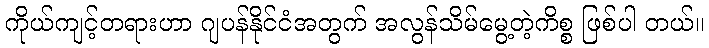
ကိုယ်ကျင့်တရားဟာ ဂျပန်နိုင်ငံအတွက် အလွန်သိမ်မွေ့တဲ့ကိစ္စ ဖြစ်ပါ တယ်။